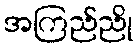
အကြည်ညို